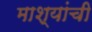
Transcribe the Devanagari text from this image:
माश्यांची